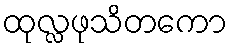
ထုလ္လဖုသိတကော